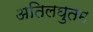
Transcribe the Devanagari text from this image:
अतिलघुतम